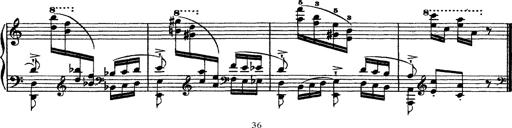
Title: Grandes Ã©tudes de Paganini
Composer: Franz Liszt